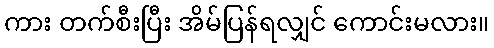
ကား တက်စီးပြီး အိမ်ပြန်ရလျှင် ကောင်းမလား။